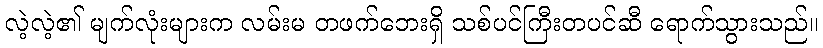
လဲ့လဲ့၏ မျက်လုံးများက လမ်းမ တဖက်ဘေးရှိ သစ်ပင်ကြီးတပင်ဆီ ရောက်သွားသည်။